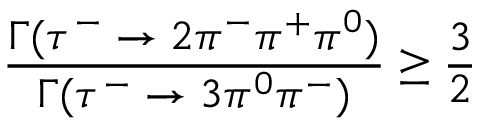
{ \frac { \Gamma ( \tau ^ { - } \to 2 \pi ^ { - } \pi ^ { + } \pi ^ { 0 } ) } { \Gamma ( \tau ^ { - } \to 3 \pi ^ { 0 } \pi ^ { - } ) } } \ge { \frac { 3 } { 2 } }